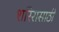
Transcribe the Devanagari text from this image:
शरिरासाठी